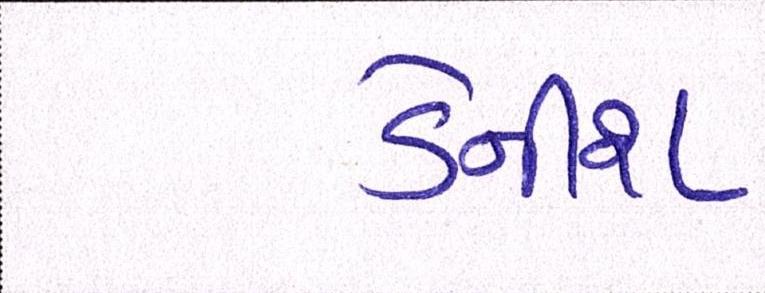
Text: ડેનીશ